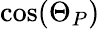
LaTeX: \cos(\Theta_{P})